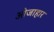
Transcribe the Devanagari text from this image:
ओजाहार